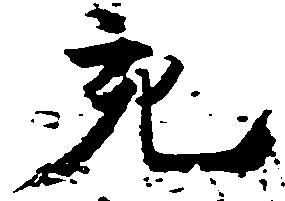
充